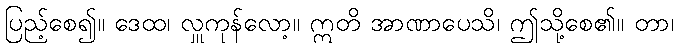
ပြည့်စေ၍။ ဒေထ၊ လှူကုန်လော့။ ဣတိ အာဏာပေသိ၊ ဤသို့စေ၏။ တာ၊